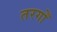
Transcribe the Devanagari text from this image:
तरगोँ